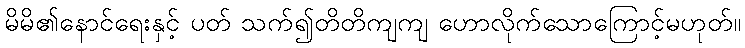
မိမိ၏နောင်ရေးနှင့် ပတ် သက်၍တိတိကျကျ ဟောလိုက်သောကြောင့်မဟုတ်။